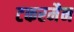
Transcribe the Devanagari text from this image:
टकरमैन